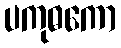
ပကုဓကော